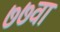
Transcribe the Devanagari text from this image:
७७वा